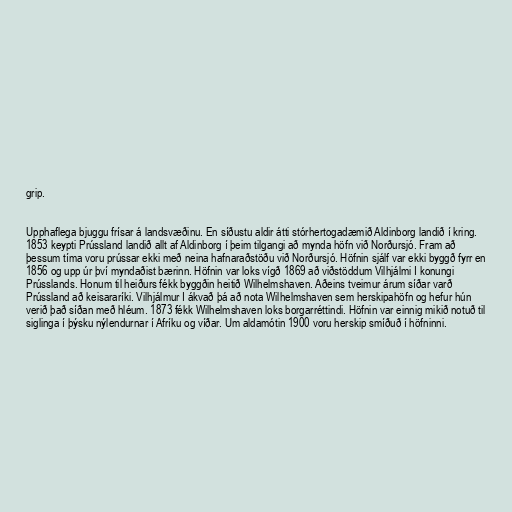
grip.

Upphaflega bjuggu frísar á landsvæðinu. En síðustu aldir átti stórhertogadæmið Aldinborg landið í kring.
1853 keypti Prússland landið allt af Aldinborg í þeim tilgangi að mynda höfn við Norðursjó. Fram að
þessum tíma voru prússar ekki með neina hafnaraðstöðu við Norðursjó. Höfnin sjálf var ekki byggð fyrr en
1856 og upp úr því myndaðist bærinn. Höfnin var loks vígð 1869 að viðstöddum Vilhjálmi I konungi
Prússlands. Honum til heiðurs fékk byggðin heitið Wilhelmshaven. Aðeins tveimur árum síðar varð
Prússland að keisararíki. Vilhjálmur I ákvað þá að nota Wilhelmshaven sem herskipahöfn og hefur hún
verið það síðan með hléum. 1873 fékk Wilhelmshaven loks borgarréttindi. Höfnin var einnig mikið notuð til
siglinga í þýsku nýlendurnar í Afríku og víðar. Um aldamótin 1900 voru herskip smíðuð í höfninni.